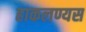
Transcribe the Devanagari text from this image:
हाकलण्यस